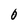
Character: O